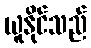
ယူနိုင်သည်